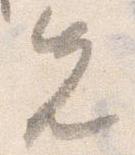
先